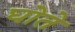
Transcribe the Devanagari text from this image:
घोते